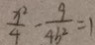
\frac { x ^ { 2 } } { 4 } - \frac { 9 } { 4 b ^ { 2 } } = 1